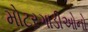
મોટરગાડીઓનો